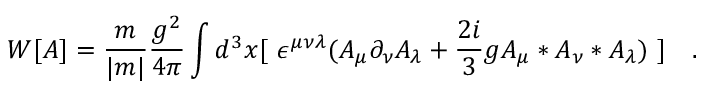
W [ A ] = \frac { m } { | m | } \frac { g ^ { 2 } } { 4 \pi } \int d ^ { 3 } x [ ~ \epsilon ^ { \mu \nu \lambda } ( A _ { \mu } \partial _ { \nu } A _ { \lambda } + \frac { 2 i } { 3 } g A _ { \mu } * A _ { \nu } * A _ { \lambda } ) ~ ] ~ ~ ~ . \,